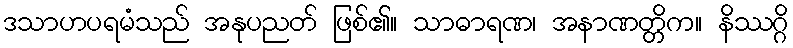
ဒသာဟပရမံသည် အနုပညတ် ဖြစ်၏။ သာဓာရဏ၊ အနာဏတ္တိက။ နိဿဂ္ဂိ